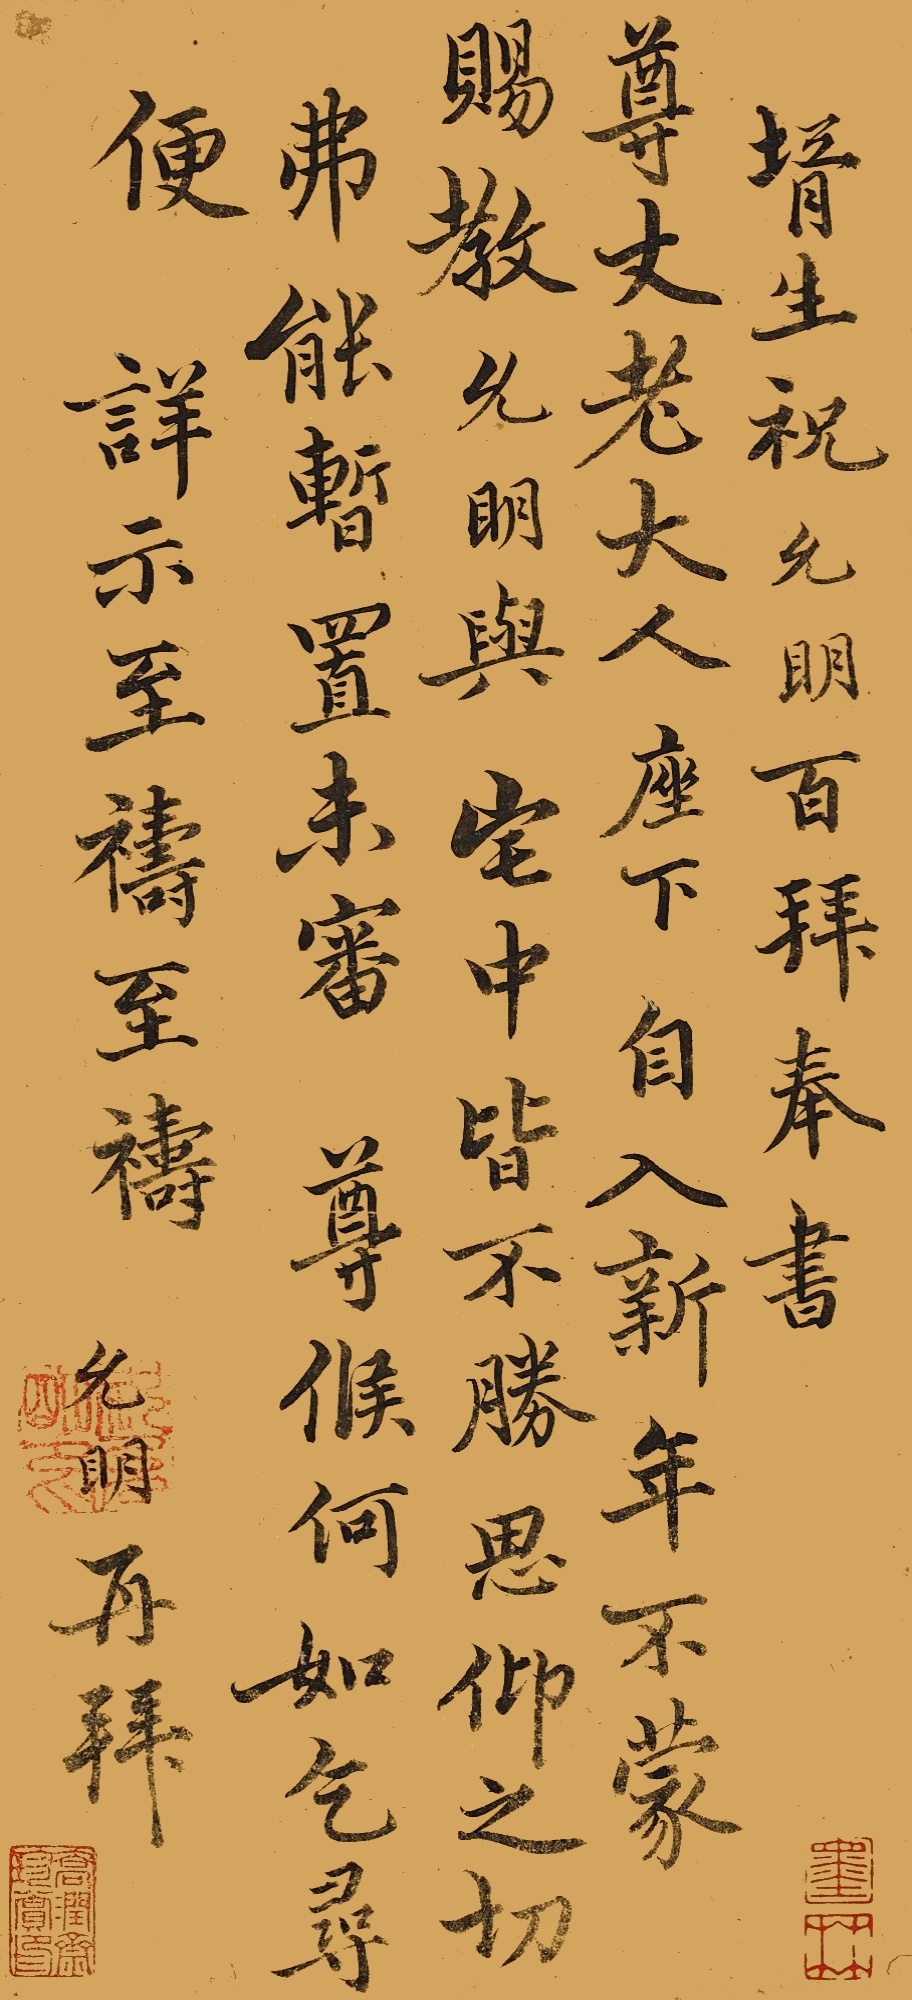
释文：壻生祝允明百拜奉书，尊丈老大人座下。自入新年，不蒙赐教，允明与宅中皆不胜思仰之切，弗能暂置，未审尊候何如，乞寻便详示，至祷、至祷。允明再拜。祝允明印